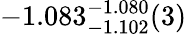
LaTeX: -1.083_{-1.102}^{-1.080}(3)